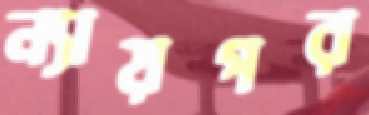
ন্যায়পর